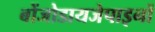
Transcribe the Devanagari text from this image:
बोंजोडायजेपाइनों